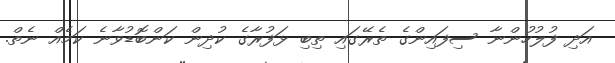
އަދި ފުލުހުންނާ ސިފައިންގެ ތެރޭގައި ތިބި ޅަފުރާގެ ކުދިން ކަންބޮޑުވާނެ ކަމެއް ނެތް.